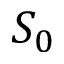
S _ { 0 }